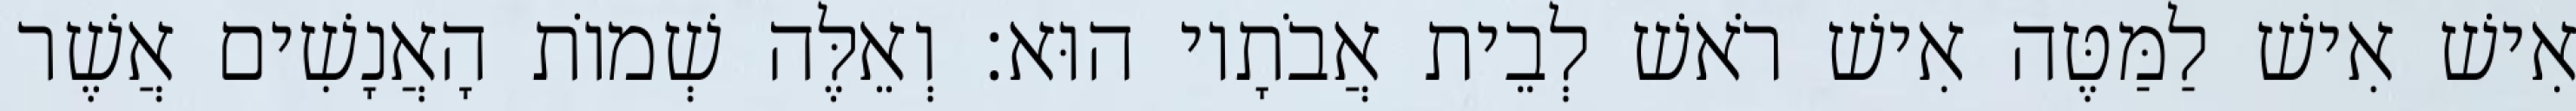
אִישׁ אִישׁ לַמַּטֶּה אִישׁ רֹאשׁ לְבֵית אֲבֹתָיו הוּא׃ וְאֵלֶּה שְׁמוֹת הָאֲנָשִׁים אֲשֶׁר